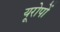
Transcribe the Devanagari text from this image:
यूरोपों